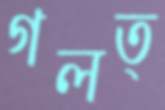
গলত্